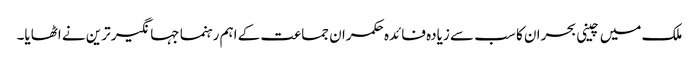
ملک میں چینی بحران کا سب سے زیادہ فائدہ حکمران جماعت کے اہم رہنما جہانگیر ترین نے اٹھایا۔